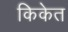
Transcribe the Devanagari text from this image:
किकेत